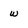
Character: w